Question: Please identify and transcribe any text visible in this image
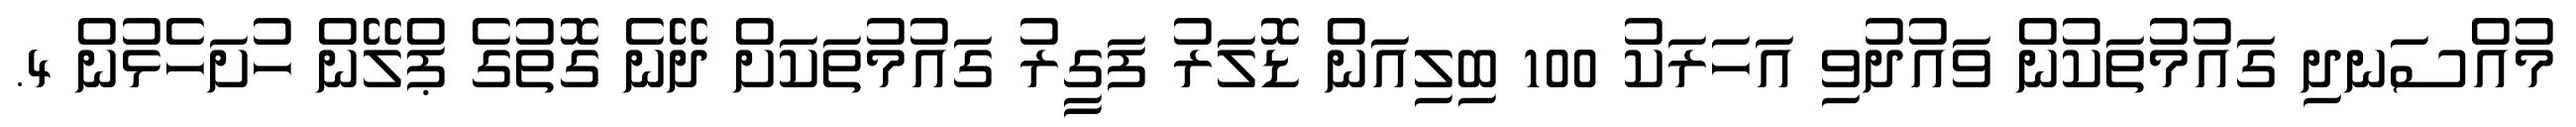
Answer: މުއްސަނދި ގައުމުތަކުން ވައުދުވި އަހަރަކު 100 ބިލިއަން ޑޮލަރު ފަގީރު ގައުމުތަކަށް ދޭނެ ގޮތުގެ ޕްލޭން ހުށަހެޅުން 4.